Riigikantselei, lk 22
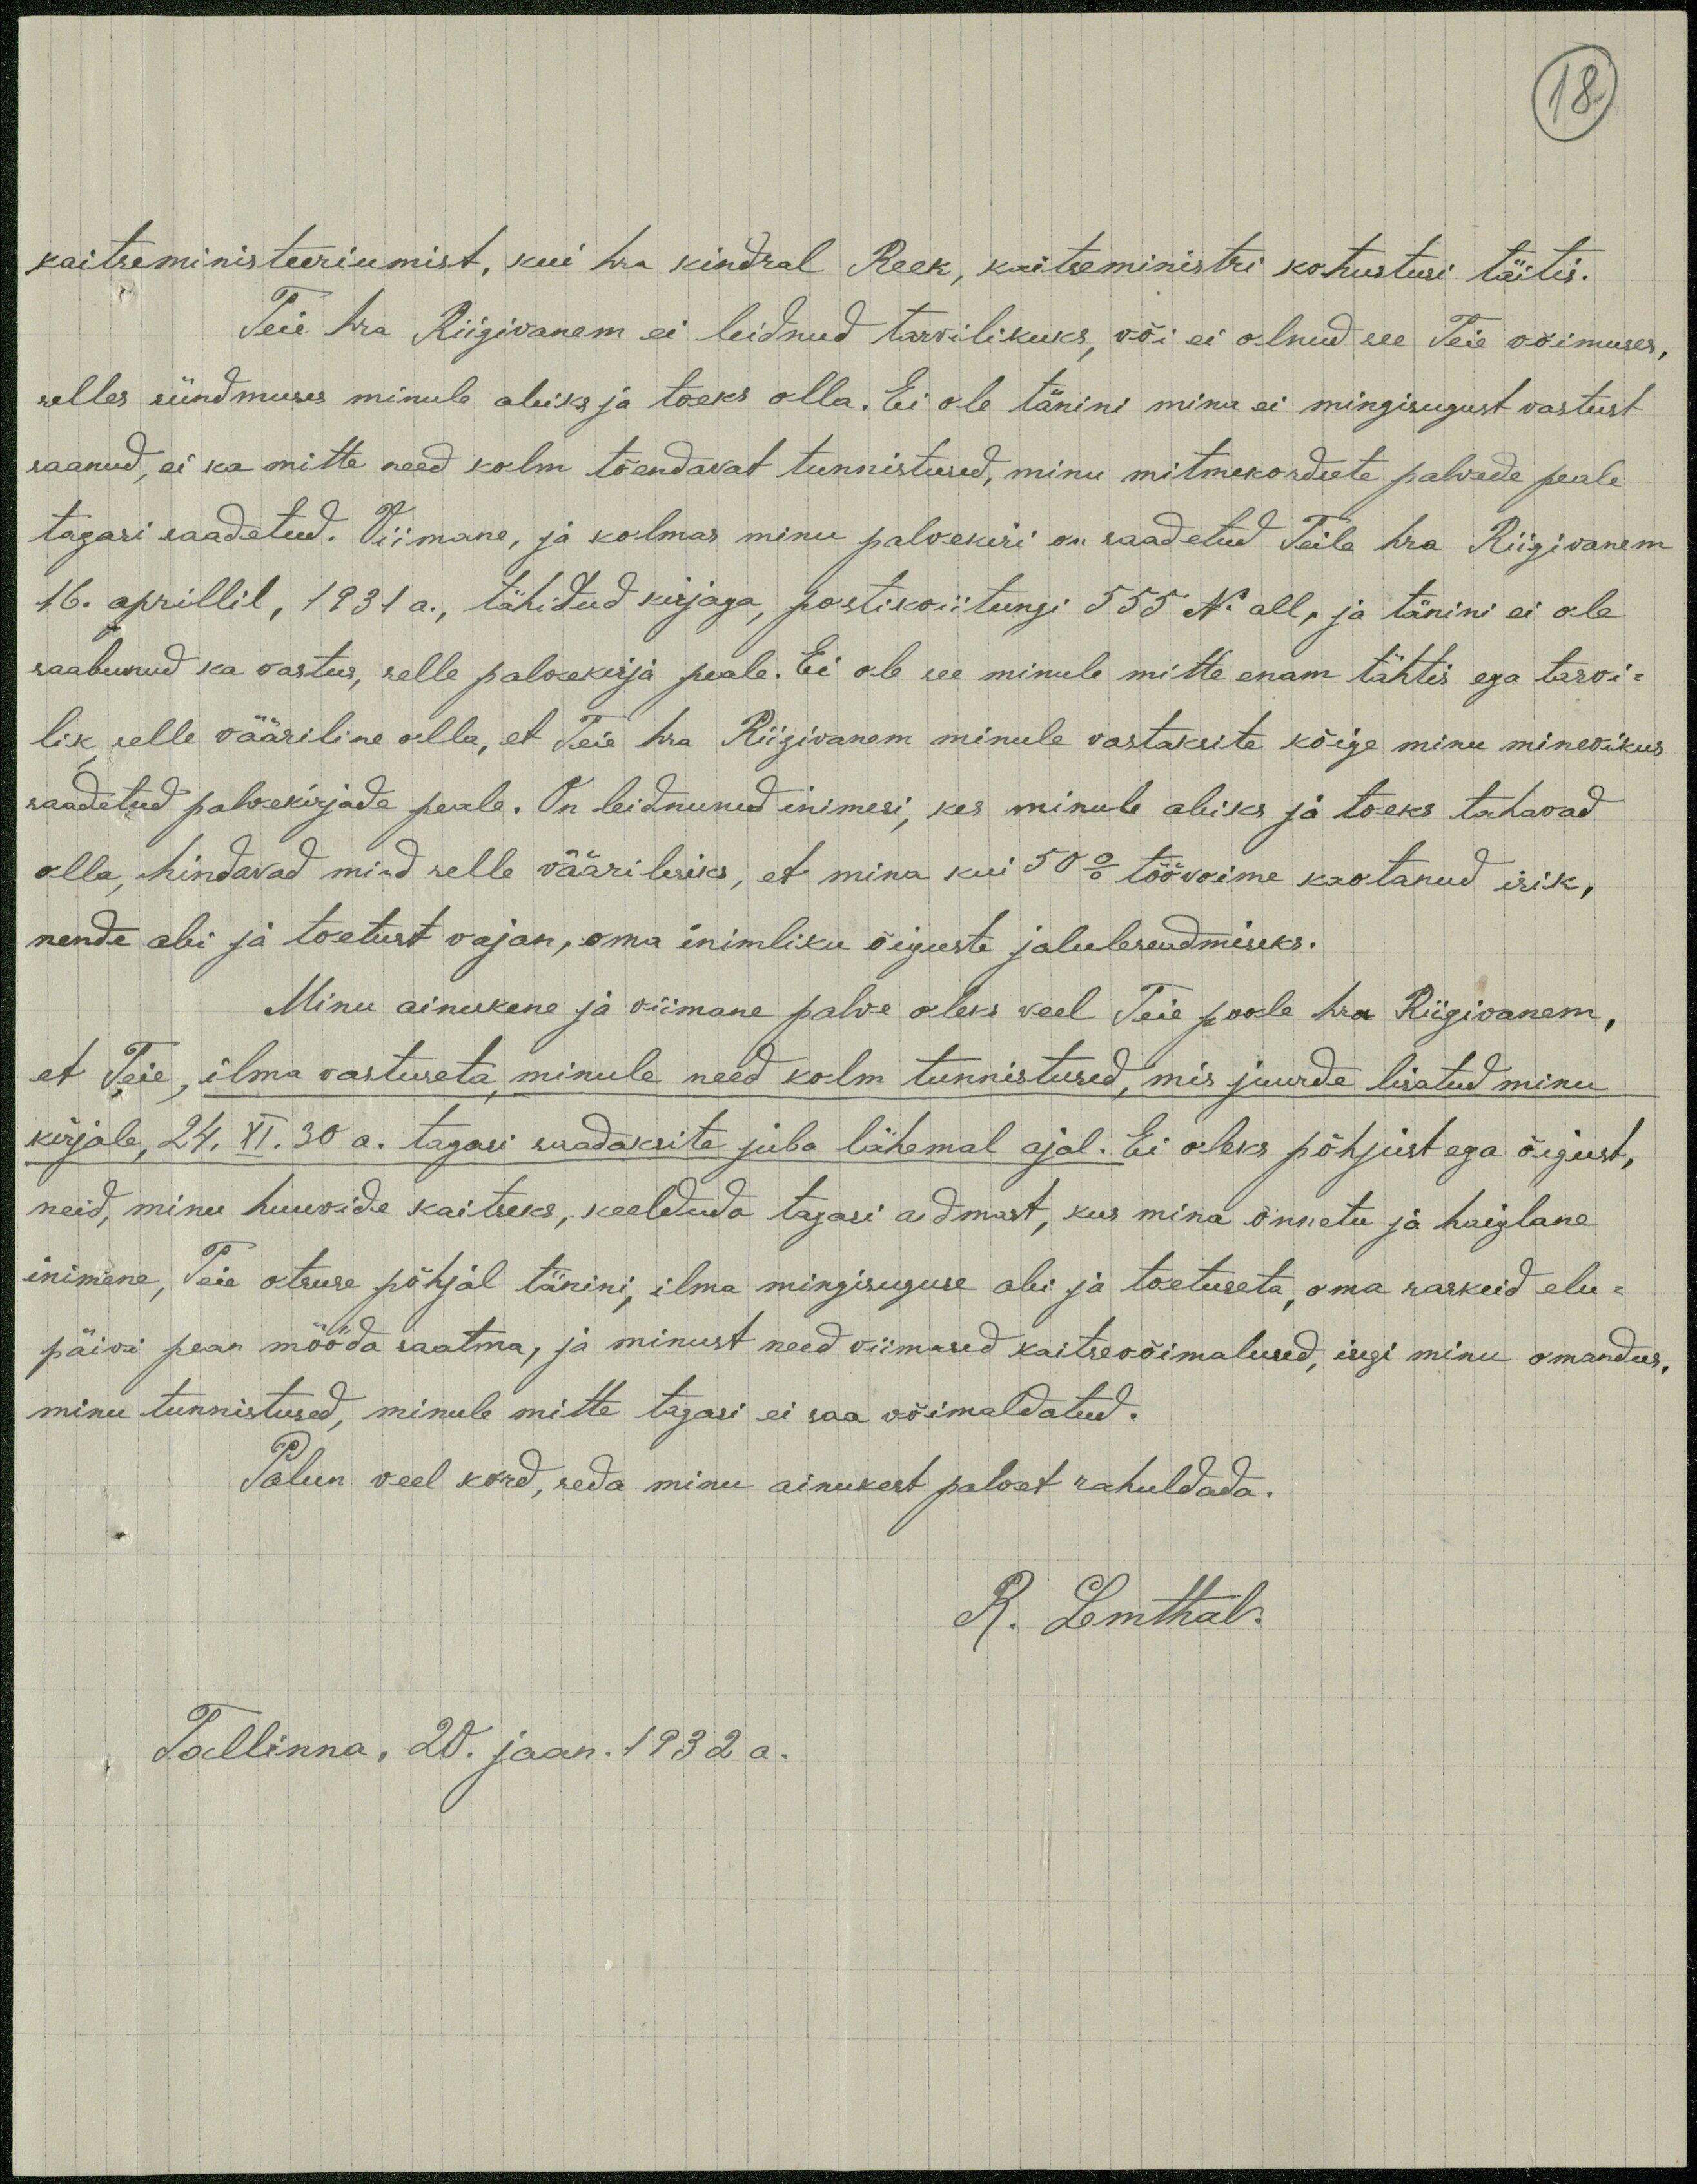
18
kaitseministeeriumist, kui hra kindral Reek, kaitseministri kohustusi täitis.
Teie hra Riigivanem ei leidnud tarvilikuks, või ei olnud see Teie võimuses,
selles sündmuses minule abiks ja toeks olla. Ei ole tänini mina ei mingisugust vastust
saanud, ei ka mitte need kolm tõendavat tunnistused, minu mitmekordsete palvede peale
tagasi saadetud. Viimane, ja kolmas minu palvekiri on saadetud Teile hra Riigivanem
16. aprillil, 1931 a., tähitud kirjaga, postikviitungi 555 N. all, ja tänini ei ole
saabunud ka vastus, selle palvekirja peale. Ei ole see minule mitte enam tähtis ega tarvi-
lik selle vääriline olla, et teie hra Riigivanem minule vastaksite kõige minu minevikus
saadetud palvekirjade peale. On leidunud inimesi, kes minule abiks ja toeks tahavad
olla, hindavad mind selle vääriliseks, et mina kui 50 % töövõime kaotanud isik,
nende abi ja toetust vajan, oma inimliku õiguste jaluleseadmiseks.
Minu ainukene ja viimane palve oleks veel Teie poole hra Riigivanem,
et Teie, ilma vastuseta minule need kolm tunnistused, mis juurde lisatud minu
kirjale, 24. XI. 30 a. tagasi saadaksite juba lähemal ajal. Ei oleks põhjust ega õigust,
neid, minu huuvide kaitseks, keelduda tagasi andmast, kus mina õnnetu ja haiglane
inimene, Teie otsuse põhjal tänini, ilma mingisuguse abi ja toetuseta, oma raskeid elu-
päivi pean mööda saatma, ja minust need viimased kaitsevõimalused, isegi minu omandus
minu tunnistused, minule mitte tagasi ei saa võimaldatud.
Palun veel kord, seda minu ainukest palvat rahuldada.
R. Lemthal.
Tallinna, 20. jaan. 1932 a.